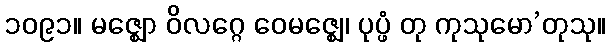
၁၀၉၁။ မဇ္ဈော ဝိလဂ္ဂေ ဝေမဇ္ဈေ၊ ပုပ္ဖံ တု ကုသုမော’တုသု။